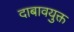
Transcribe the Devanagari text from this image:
दाबावयुक्त